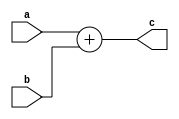
// =============================================================================
// Company      : University of Glasgow
// 
// Design Name  : 
// Module Name  : ui_add (Unsigned Integer Add)
// Project Name : TyTra
// Target Devices: Stratix V (D5/D8) 
//
// Tool versions: 
// Dependencies : 
//
// Revision     : 
// Revision 0.01. File Created
// 
// =============================================================================

// =============================================================================
// General Description
// -----------------------------------------------------------------------------
//==============================================================================


 ///////////////// INCOMPLETE /////////////////
module windowStream
#(
// =============================================================================
// ** Parameters 
// =============================================================================
// Size of word (parent should over-write this if needeD)
  parameter N     = 64, 
  parameter DIST  = 1 ,
  parameter DIR   = 1 //1 = +, 0 = -

)

(
// =============================================================================
// ** Ports 
// =============================================================================
  output reg  [N-1:0] c,
  input       [N-1:0] a,
  input       [N-1:0] b
);

// =============================================================================
// ** Procedures and assignments
// =============================================================================
always @(*)
begin
  c = a + b; //2's complement addition so no additional logic needed...
end

endmodule